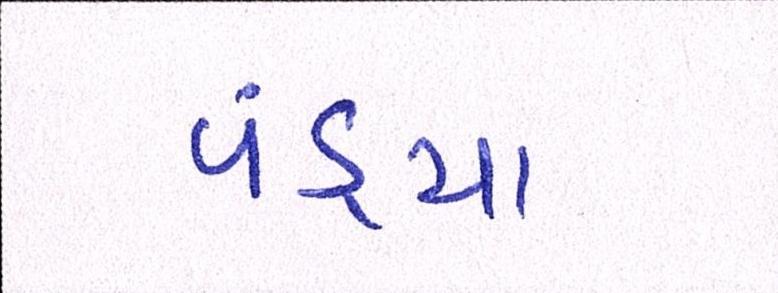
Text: પંડ્યા